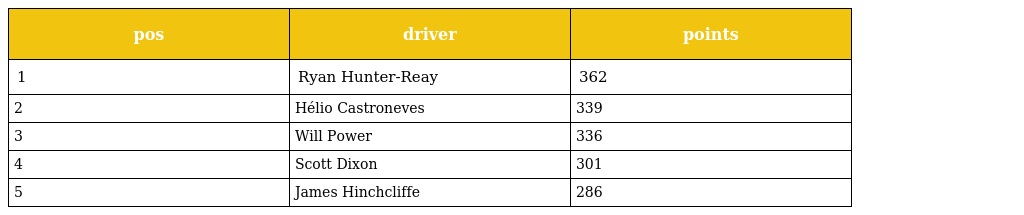
| pos | driver | points |
 | --- | --- | --- |
 | 1 | Ryan Hunter-Reay | 362 |
 | 2 | Hélio Castroneves | 339 |
 | 3 | Will Power | 336 |
 | 4 | Scott Dixon | 301 |
 | 5 | James Hinchcliffe | 286 |